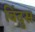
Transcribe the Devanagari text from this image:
बिंदुस